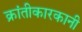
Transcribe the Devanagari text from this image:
क्रांतीकारकानी